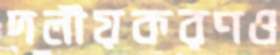
দলীয়করণও